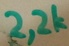
Text: 2,2k